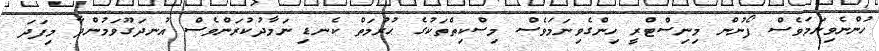
ހުންނެވިނަމަވެސް ފޯނުން މިނިސްޓްރީ ހިންގެވިނަމަވެސް މިސްކިތްތަކުގެ ޙުރުމަތް ކެނޑި ނަމާދުކުރަންވެސް އުނދަގޫވަމުންދާ މިފަދަ